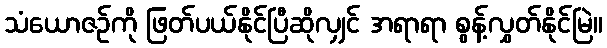
သံယောဇဉ်ကို ဖြတ်ပယ်နိုင်ပြီဆိုလျှင် အရာရာ စွန့်လွှတ်နိုင်မြဲ။